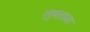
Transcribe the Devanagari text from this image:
लुफ़्ताल्ला